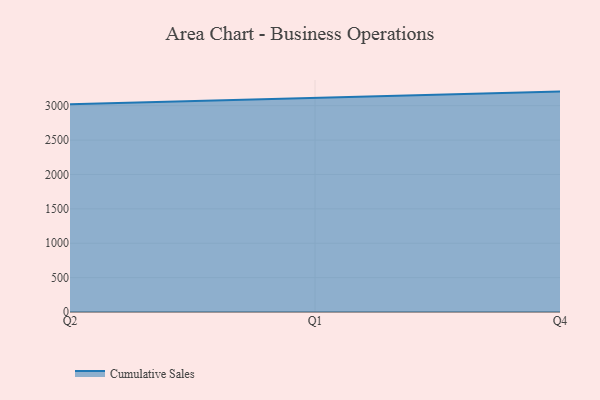
{"axis": {"x": "Quarter", "y": "Website Visitors"}, "legend": ["Cumulative Sales"], "data": [{"x": "Q2", "y": 3022.5, "type": "Cumulative Sales"}, {"x": "Q1", "y": 3110.0, "type": "Cumulative Sales"}, {"x": "Q4", "y": 3204.7, "type": "Cumulative Sales"}]}